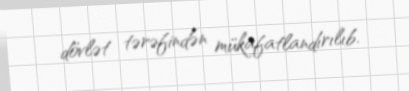
dövlət tərəfindən mükafatlandırılıb.